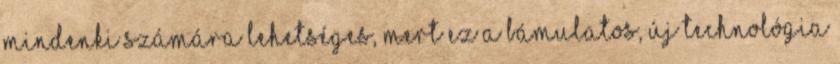
mindenki számára lehetséges, mert ez a bámulatos, új technológia